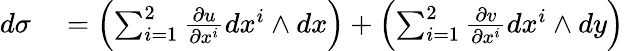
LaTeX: \begin{array}{rl}{d\sigma}&{{}=\left(\sum_{i=1}^{2}{\frac{\partial u}{\partial x^{i}}}dx^{i}\wedge dx\right)+\left(\sum_{i=1}^{2}{\frac{\partial v}{\partial x^{i}}}dx^{i}\wedge dy\right)}\end{array}